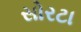
સોરટા